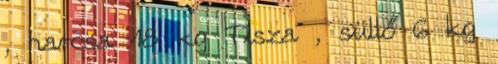
, harcsa 18 kg Tisza , süllő 6 kg